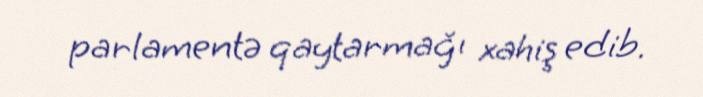
parlamentə qaytarmağı xahiş edib.